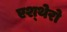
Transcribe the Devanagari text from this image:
एश्थेरो